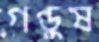
গণ্ডুষ